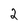
Character: 2